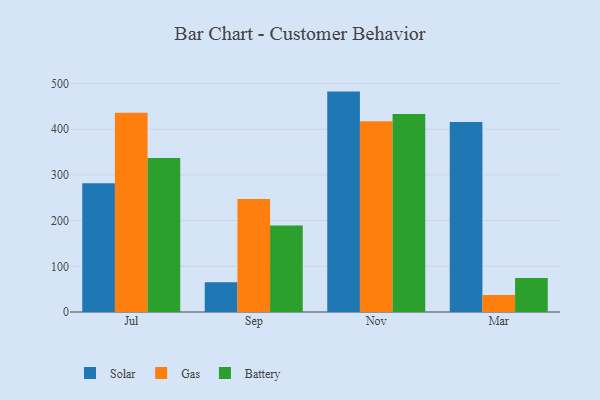
{"axis": {"x": "Month", "y": "Active Users"}, "legend": ["Battery", "Gas", "Solar"], "data": [{"x": "Jul", "y": 281.8, "type": "Solar"}, {"x": "Jul", "y": 436.0, "type": "Gas"}, {"x": "Jul", "y": 337.2, "type": "Battery"}, {"x": "Sep", "y": 65.2, "type": "Solar"}, {"x": "Sep", "y": 247.4, "type": "Gas"}, {"x": "Sep", "y": 189.5, "type": "Battery"}, {"x": "Nov", "y": 482.4, "type": "Solar"}, {"x": "Nov", "y": 417.3, "type": "Gas"}, {"x": "Nov", "y": 433.6, "type": "Battery"}, {"x": "Mar", "y": 416.1, "type": "Solar"}, {"x": "Mar", "y": 37.4, "type": "Gas"}, {"x": "Mar", "y": 74.2, "type": "Battery"}]}